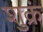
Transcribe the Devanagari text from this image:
शुक्रं